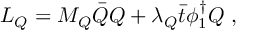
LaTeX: { \cal L } _ { Q } = M _ { Q } \bar { Q } Q + \lambda _ { Q } \bar { t } \phi _ { 1 } ^ { \dag } Q \; ,